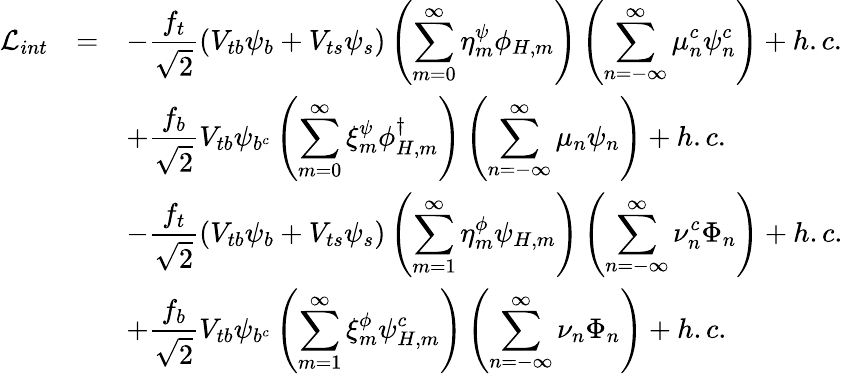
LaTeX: \begin{array}{rcl}{{\mathcal{L}_{int}}}&{{=}}&{{\displaystyle-\frac{f_{t}}{\sqrt{2}}(V_{tb}\psi_{b}+V_{ts}\psi_{s})\left(\displaystyle\sum_{m=0}^{\infty}\eta_{m}^{\psi}\phi_{H,m}\right)\left(\displaystyle\sum_{n=-\infty}^{\infty}\mu_{n}^{c}\psi_{n}^{c}\right)+h.c.}}\\ {{}}&{{}}&{{\displaystyle+\frac{f_{b}}{\sqrt{2}}V_{tb}\psi_{b^{c}}\left(\displaystyle\sum_{m=0}^{\infty}\xi_{m}^{\psi}\phi_{H,m}^{\dagger}\right)\left(\displaystyle\sum_{n=-\infty}^{\infty}\mu_{n}\psi_{n}\right)+h.c.}}\\ {{}}&{{}}&{{\displaystyle-\frac{f_{t}}{\sqrt{2}}(V_{tb}\psi_{b}+V_{ts}\psi_{s})\left(\displaystyle\sum_{m=1}^{\infty}\eta_{m}^{\phi}\psi_{H,m}\right)\left(\displaystyle\sum_{n=-\infty}^{\infty}\nu_{n}^{c}\Phi_{n}\right)+h.c.}}\\ {{}}&{{}}&{{\displaystyle+\frac{f_{b}}{\sqrt{2}}V_{tb}\psi_{b^{c}}\left(\displaystyle\sum_{m=1}^{\infty}\xi_{m}^{\phi}\psi_{H,m}^{c}\right)\left(\displaystyle\sum_{n=-\infty}^{\infty}\nu_{n}\Phi_{n}\right)+h.c.}}\end{array}